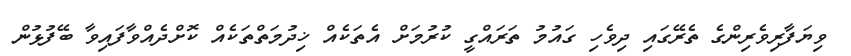
ވިޔަފާރިވެރިންގެ ތެރޭގައި ދިވެހި ގައުމު ތަރައްގީ ކުރުމަށް އެތަކެއް ޚިދުމަތްތަކެއް ކޮށްދެއްވާފައިވާ ބޭފުޅުން